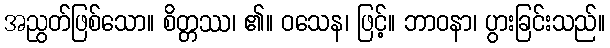
အညွတ်ဖြစ်သော။ စိတ္တဿ၊ ၏။ ဝသေန၊ ဖြင့်။ ဘာဝနာ၊ ပွားခြင်းသည်။